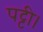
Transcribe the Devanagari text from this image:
पट्टी।